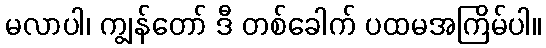
မလာပါ၊ ကျွန်တော် ဒီ တစ်ခေါက် ပထမအကြိမ်ပါ။